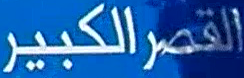
القصر الكبير